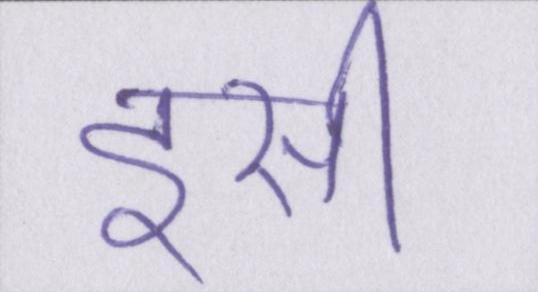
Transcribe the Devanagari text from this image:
इसी